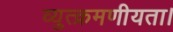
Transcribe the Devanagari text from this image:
व्युत्क्रमणीयता।